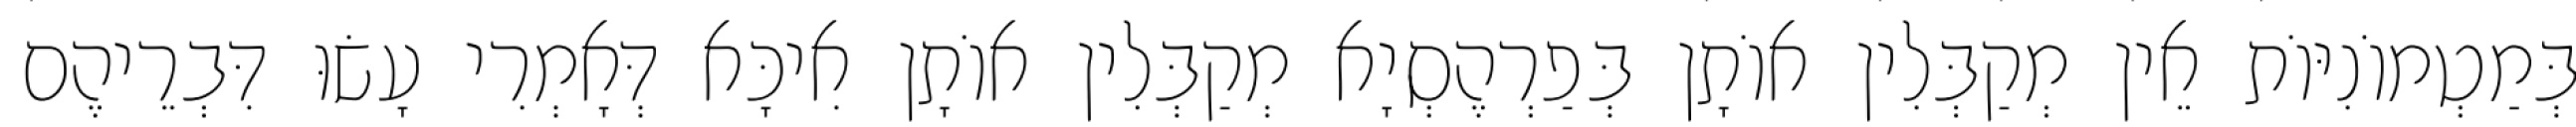
בְּמַטְמוֹנִיּוֹת אֵין מְקַבְּלִין אוֹתָן בְּפַרְהֶסְיָא מְקַבְּלִין אוֹתָן אִיכָּא דְּאָמְרִי עָשׂוּ דִּבְרֵיהֶם